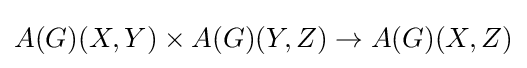
A(G)(X,Y)\times A(G)(Y,Z)\rightarrow A(G)(X,Z)